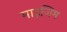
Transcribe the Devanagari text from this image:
माइजिम